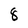
Character: 8